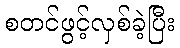
စတင်ဖွင့်လှစ်ခဲ့ပြီး